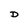
Character: D